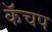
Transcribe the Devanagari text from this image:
कॅचप